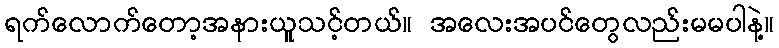
ရက်လောက်တော့အနားယူသင့်တယ်။ အလေးအပင်တွေလည်းမမပါနဲ့။